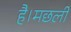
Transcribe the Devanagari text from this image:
है।मछली